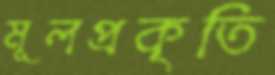
মূলপ্রকৃতি